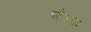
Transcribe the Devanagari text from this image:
फ्रैन्ज